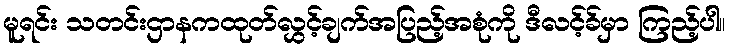
မူရင်း သတင်းဌာနကထုတ်လွှင့်ချက်အပြည့်အစုံကို ဒီလင့်ခ်မှာ ကြည့်ပါ။